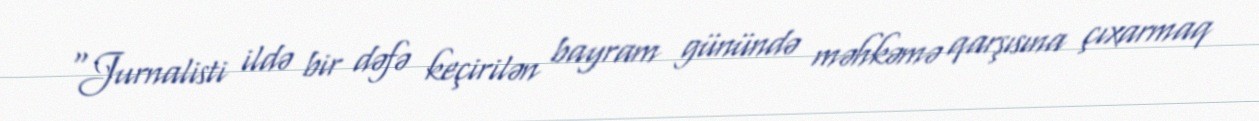
“Jurnalisti ildə bir dəfə keçirilən bayram günündə məhkəmə qarşısına çıxarmaq